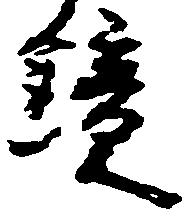
鏡